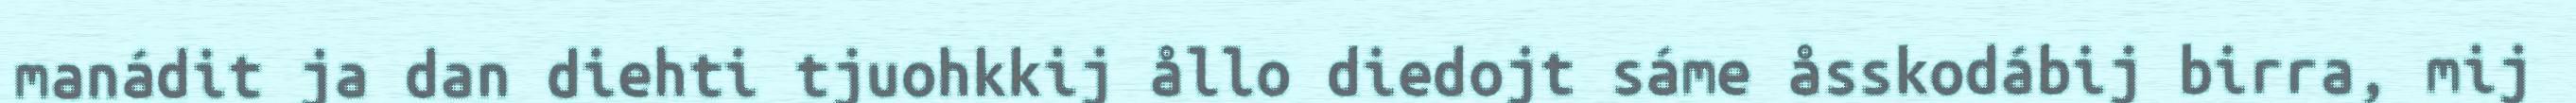
manádit ja dan diehti tjuohkkij ållo diedojt sáme åsskodábij birra, mij